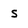
Character: s